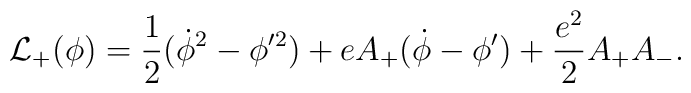
{\cal L}_+(\phi )={1\over 2}(\dot \phi ^2-\phi '^2)+eA_+(\dot \phi - \phi ')+{{e^2}\over 2}A_+A_-.